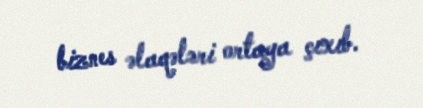
biznes əlaqələri ortaya çıxıb.